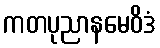
ကတပုညာနမေဝိဒံ